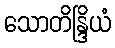
သောတိန္ဒြိယံ